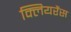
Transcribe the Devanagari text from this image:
क्लियरैंस